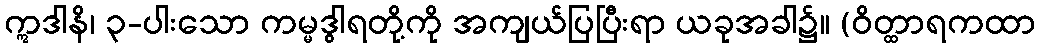
ဣဒါနိ၊ ၃-ပါးသော ကမ္မဒွါရတို့ကို အကျယ်ပြပြီးရာ ယခုအခါ၌။ (ဝိတ္ထာရကထာ